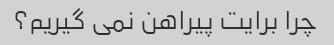
چرا برایت پیراهن نمی گیریم؟